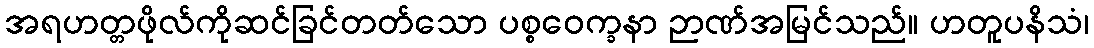
အရဟတ္တဖိုလ်ကိုဆင်ခြင်တတ်သော ပစ္စဝေက္ခနာ ဉာဏ်အမြင်သည်။ ဟတူပနိသံ၊